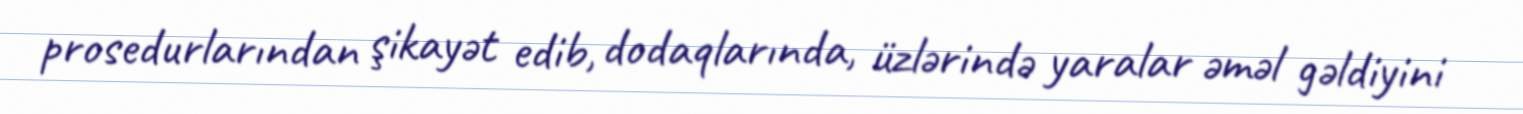
prosedurlarından şikayət edib, dodaqlarında, üzlərində yaralar əməl gəldiyini